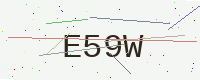
Text: E59W